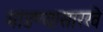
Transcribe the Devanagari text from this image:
मांडण्यासारखे